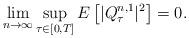
LaTeX: \begin{align*} \lim_{n\rightarrow \infty} \sup_{\tau\in [0,T]} E\left[ |Q^{n,1} _\tau|^2 \right]=0.\end{align*}